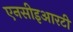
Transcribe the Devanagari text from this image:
एनसीइआरटी